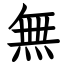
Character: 無